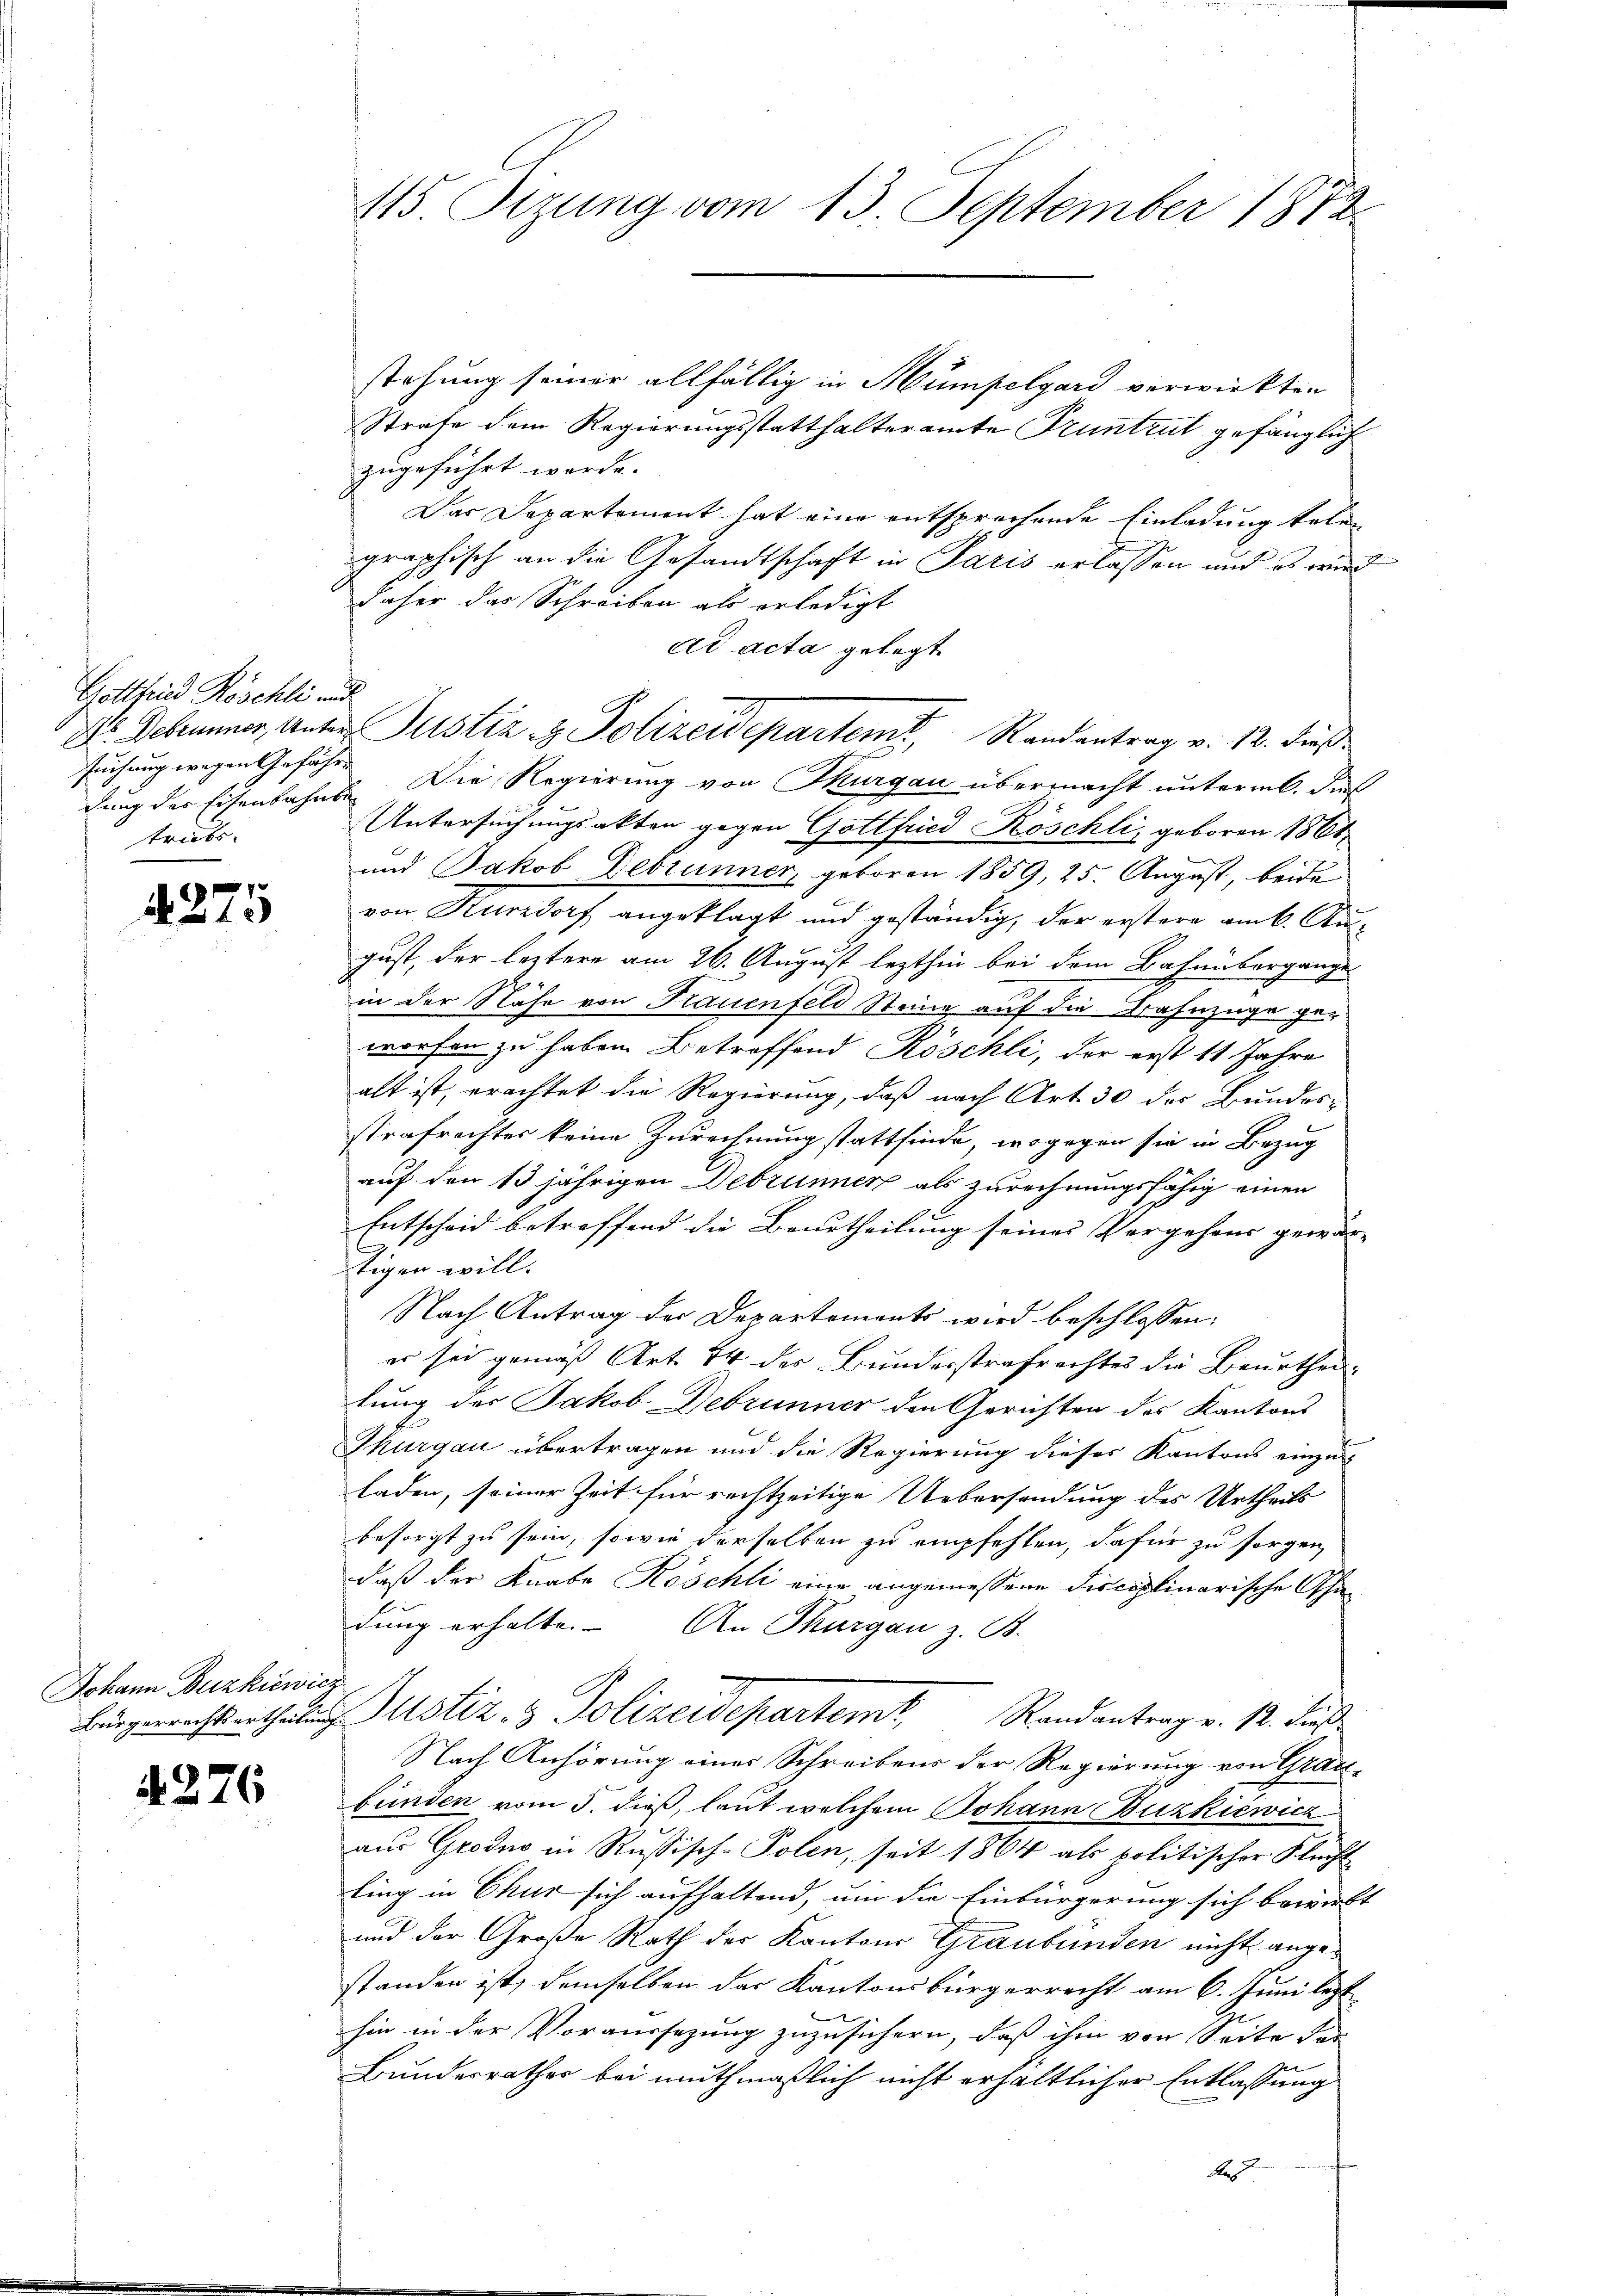
Gottfried Röschli und
suchung wegen Gefährtricts-

4275

Johann Buzkiewicz

4276

115. Sizung vom 13. September 1872

stehung seiner allfällig in Hümpelgard verwirkten
Strafe dem Regierungsstatthalteramte Truntrut gefänglich
zugeführt werde.
Das Departement hat eine entsprochende Einladung telen
graphisch an die Gesandtschaft in Paris erlassen und es wird
daher das Schreiben als erledigt
ad acta gelegt
chung der Eisenbahnt. Die Regierung von Thurgau übermacht unterm 6. dies
Untersuchungsakten gegen Gottfried Köschli, geboren 1861
und Jakob Debrunner, geboren 1859, 25. August, beide
von Kurzdorf angeklagt und geständig, der erstere am k. August, der leztere am 26. August lezthin bei dem Bahnübergange
in der Nähe von Frauenfeld Steine auf die Bahnzüge geworfen zu haben Betreffend Röschli, der erst 11 Jahre
alt ist, erachtet die Regierung, daß nach Art. 30 des Bundesstrafrechter keine Zurechnung stattfinde, wogegen sie in Bezug
auf den 13 jährigen Debrunner als zurechnungsfähig einen
.
Entscheid betreffend die Beurtheilung seines Vorgehens gewär- |
tigen will.
Nach Antrag der Departements wird beschlossen:
er sei gemäß Art. 44 des Bunderstrafrechtes die Beurtheillung der Jakob Debrunner den Gerichten des Kantons
Thurgau übertragen und die Regierung dieser Kantons einzuladen, seiner Zeit für rechtzeitige Uebersendung des Urtheils
besorgt zu sein, sowie derselben zu empfehlen, dafür zu sorgen,
daß der Knabe Roschli eine angemessene Disciplinarische Oschadung erhalte. An Thurgau z. B.
Bürgerrechts ertheilung Justiz & Polizeidepartem Randantrag v. 12. Fuß
Nach Anhörung einer Schreibens der Regierung von Grau-
bünden vom 5. dieß, laut welchem Johann Buzkiewicz
aus Grodes in Russisch-Polen, seit 1864 als politischer Flecht
ling in Chur sich aufhaltend, um die Einbürgerung sich bewirkt
und der Große Rath der Kantons Graubünden nicht angestanden ist, demselben das Kantonsbürgerrecht am 6. Juni lezt

hin in der Voraussezung zuzusichern, daß ihm von Seite der
Bundesrathes bei muthmaßlich nicht erhältlicher Entlassung
A

X. Debrunner, Unter Justiz & Polizeidepartemt, Randantrag v. 12. dieß